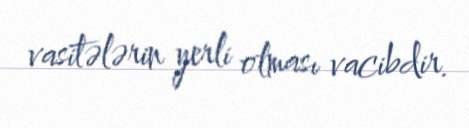
vasitələrin yerli olması vacibdir.